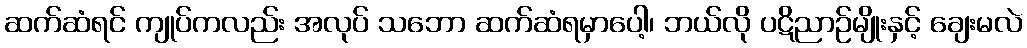
ဆက်ဆံရင် ကျုပ်ကလည်း အလုပ် သဘော ဆက်ဆံရမှာပေါ့၊ ဘယ်လို ပဋိညာဉ်မျိုးနှင့် ချေးမလဲ